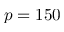
p = 1 5 0